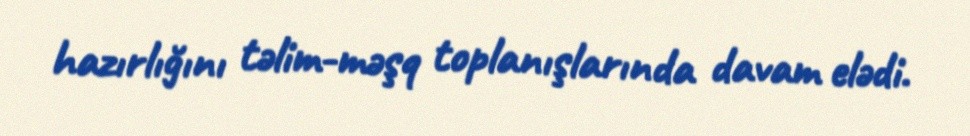
hazırlığını təlim-məşq toplanışlarında davam elədi.